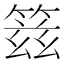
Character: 䈘